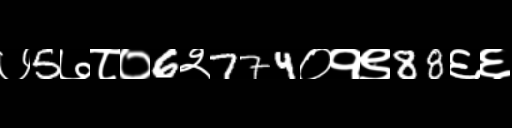
Text: ७5७८०6२774०१९88६६